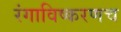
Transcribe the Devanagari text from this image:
रंगाविष्करणच